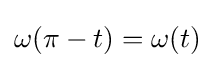
\omega (\pi -t)=\omega (t)